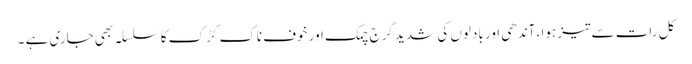
کل رات سے تیز ہوا ، آندھی اور بادلوں کی شدید گرج چمک اور خوف ناک کڑک کا سلسلہ بھی جاری ہے ۔